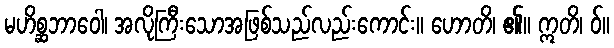
မဟိစ္ဆဘာဝေါ၊ အလိုကြီးသောအဖြစ်သည်လည်းကောင်း။ ဟောတိ၊ ၏။ ဣတိ၊ ဝ်။